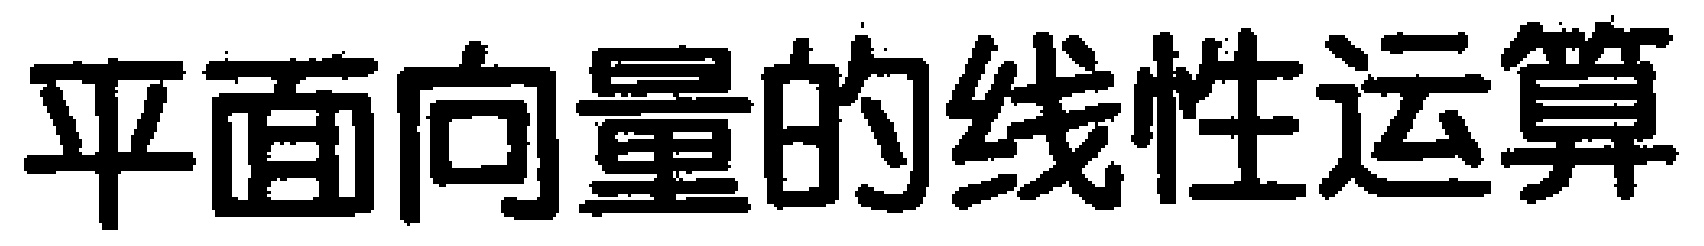
平面向量的线性运算